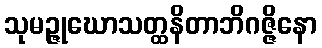
သုမဉ္ဇုဃောသတ္ထနိတာဘိဂဇ္ဇိနော